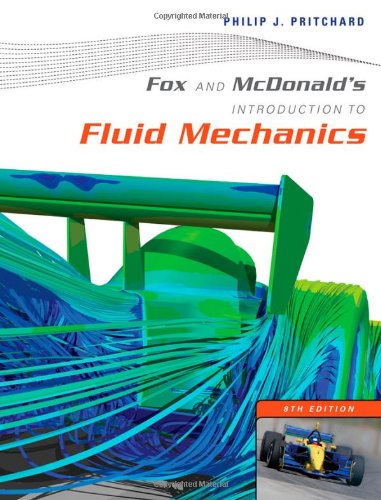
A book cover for Fox and McDonald's Introduction to Fluid Mechanics; Philip J. Pritchard; Science & Math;